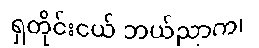
ရှတိုင်းငယ် ဘယ်ညာက၊